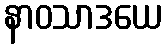
နာဝသာဒယေ